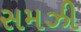
સમઝી